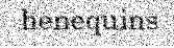
henequins